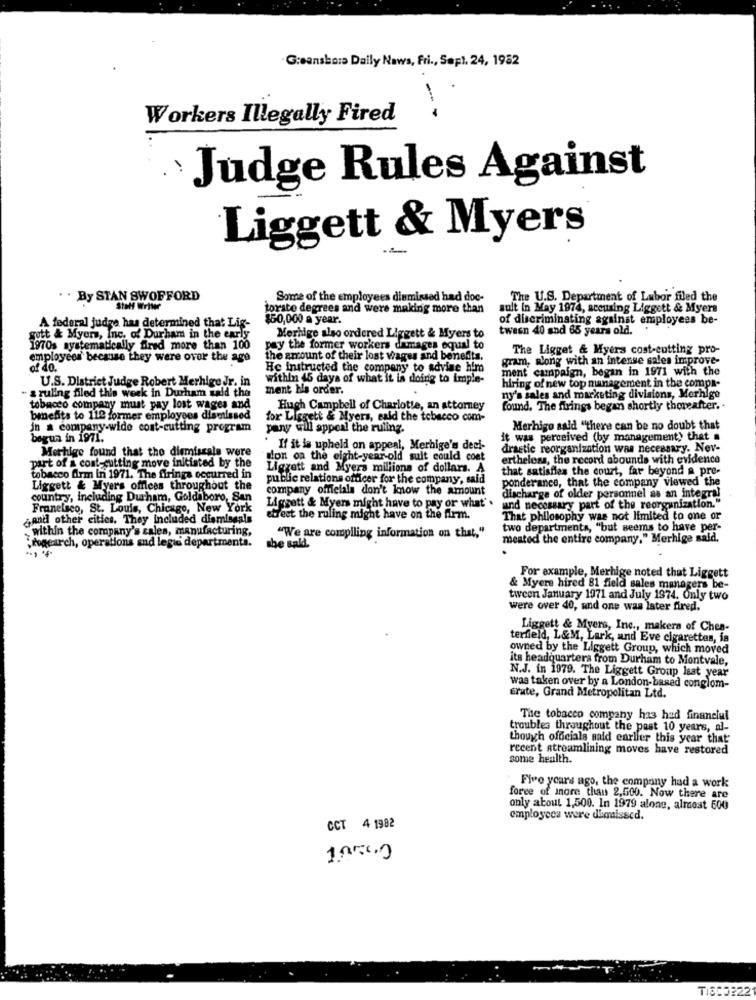
Greensboro Daily News, fri ., Sept. 24, 1982
Workers Illegally Fired
·Judge Rules Against
Liggett & Myers
. . By STAN SWOFFORD
Some of the employees dismissed had doc-
The U.S. Department of Labor filed the
Stall Write
torste degrees and were making more than
sult in May 1974, accusing Liggett & Myers
$50,000 a year.
of discriminating against employees be-
A federal judge has determined that Lig-
tween 40 and 65 years old.
gutt & Myers, Inc. of Durham in the early
Merhige also ordered Liggett & Myers to
1970s systematically fired more than 100
pay the former workers damages equal to
The Ligget & Myers cost-cutting pro-
employees' because they were over the age
the amount of their lost wages and benefits.
gram, along with an intense sales improve-
af 40.
He instructed the company to advise him
ment campaign, began in 1971 with the
U.S. District Judge Robert Merhige Jr. in
within 45 days of what it is doing to imple-
hiring of new top management in the compa-
ment his order.
a ruling filed this week in Durham said the
ny's sales and marketing divisions, Merhige
tobacco company must pay lost wages
Hugh Campbell of Charlotte, an attorney
found. The firings began shortly thereafter ..
benefits to 110 former employees dismissed
for Liggett & Myers, said the tobacco com-
in a company-wide cost-cutting program
pany will appeal the ruling.
Merhigo said "there can be no doubt that
begun in 197i.
it was perceived (by management;) that .
Morhige found that tho diemiscals were
If it is upheld on appeal, Merhige's deci-
drastic reorganization was necessary. Nev-
dion on the eight-year-old suit could cost
ertheless, the record abounds with evidence
part of a cont-cutting move initiated by the
Liggett and Myers millions of dollars. A
that satisfies the court, far beyond a pre-
tobacco firm in 1971. The firings occurred in
public relations officer for the company, said
ponderance, that the company viewed the
Liggett & Myers offices throughout the
company officials don't know the amount
country, including Durham, Goldsboro, San
discharge of older personnel as an integral
Franelaco, St. Louis, Chicago, New York
Liggett & Myers might have to pay or what' .
and necessary part of the reorganization."
¿and other cities. They included dismissals
etrect the ruling might have on the firm.
That philosophy was not limited to one or
within the company's cales, manufacturing,
two departments, "but seems to have per-
"We are compiling information on that,"
meated the entire company." Merhige said.
Frogcarch, operations and legis departments.
..,
The sald.
For example, Merhige noted that Liggett
& Myere hired 81 field sales managers be-
tween January 1971 and July 1974. Only two
were over 40, and one was Ister fired.
Liggett & Myers, Inc ., makers of Ches-
terfield, L&M, Lark, and Eve cigarettes, is
owned by the Liggett Group, which moved
its headquarters from Durham to Montvale,
N.J. in 1979. The Liggett Group last year
was taken over by a London-based conglom-
Erate, Grand Metropolitan Ltd.
The tobacco company has had finanelul
troubles throughout the past 10 years, al-
though officials said earlier this year that
recent streamlining moves have restored
some health.
Five years ago, the company had a work
force of more than 2,500. Now there are
only about 1,500. In 1979 alone, almost 600
employees were dimissed.
CCT 4 1982
1.0000
TISCO222